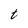
Character: t